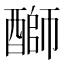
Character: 𫑺